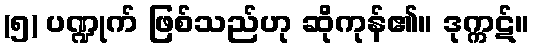
(၅) ပဏ္ဍုက် ဖြစ်သည်ဟု ဆိုကုန်၏။ ဒုက္ကဋ်။